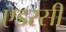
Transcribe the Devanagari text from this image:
एडरसी